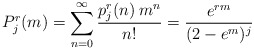
\begin{align*}P^r_{j}(m)=\sum\limits_{n=0}^{\infty}\frac{p_j^{r}(n)\:m^n}{n!}=\frac{e^{rm}}{(2-e^m)^{j}}\end{align*}